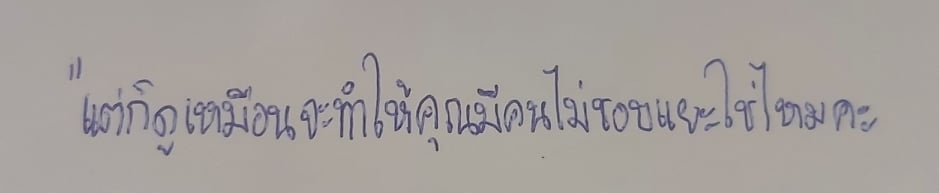
"แต่ก็ดูเหมือนจะทำให้คุณมีคนไม่ชอบแยะใช่ไหมคะ